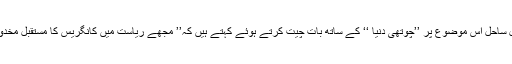
تجزیہ نگار مقبول ساحل اس موضوع پر ’’چوتھی دُنیا ‘‘ کے ساتھ بات چیت کرتے ہوئے کہتے ہیں کہ’’ مجھے ریاست میں کانگریس کا مستقبل مخدوش نظر آرہا ہے۔